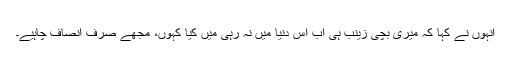
انہوں نے کہا کہ میری بچی زینب ہی اب اس دنیا میں نہ رہی میں کیا کہوں، مجھے صرف انصاف چاہیے۔